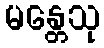
မန္တေသု